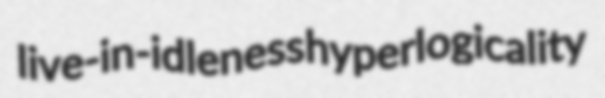
live-in-idleness hyperlogicality